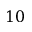
1 0